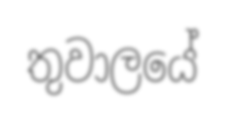
තුවාලයේ